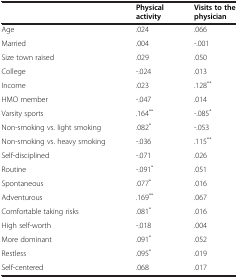
<table><thead><tr><td><b> </b></td><td><b>Physical activity</b></td><td><b>Visits to the physician</b></td></tr></thead><tbody><tr><td>Age</td><td>.024</td><td>.066</td></tr><tr><td>Married</td><td>.004</td><td>-.001</td></tr><tr><td>Size town raised</td><td>.029</td><td>.050</td></tr><tr><td>College</td><td>-.024</td><td>.013</td></tr><tr><td>Income</td><td>.023</td><td>.128<sup>**</sup></td></tr><tr><td>HMO member</td><td>-.047</td><td>.014</td></tr><tr><td>Varsity sports</td><td>.164<sup>**</sup></td><td>-.085<sup>*</sup></td></tr><tr><td>Non-smoking vs. light smoking</td><td>.082<sup>*</sup></td><td>-.053</td></tr><tr><td>Non-smoking vs. heavy smoking</td><td>-.036</td><td>.115<sup>**</sup></td></tr><tr><td>Self-disciplined</td><td>-.071</td><td>.026</td></tr><tr><td>Routine</td><td>-.091<sup>*</sup></td><td>.051</td></tr><tr><td>Spontaneous</td><td>.077<sup>*</sup></td><td>.016</td></tr><tr><td>Adventurous</td><td>.169<sup>**</sup></td><td>.067</td></tr><tr><td>Comfortable taking risks</td><td>.081<sup>*</sup></td><td>.016</td></tr><tr><td>High self-worth</td><td>-.018</td><td>.004</td></tr><tr><td>More dominant</td><td>.091<sup>*</sup></td><td>.052</td></tr><tr><td>Restless</td><td>.095<sup>*</sup></td><td>.019</td></tr><tr><td>Self-centered</td><td>.068</td><td>.017</td></tr></tbody></table>